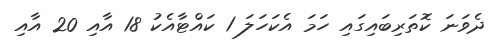
ދެވަނަ ކޮތަރިބައިގައި ހަމަ އެކަހަލަ 1 ކައްޓާއެކު 18 އާއި 20 އާއި